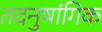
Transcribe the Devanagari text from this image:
तदनुषांगिक